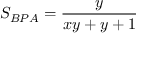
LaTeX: S _ { B P A } = { \frac { y } { x y + y + 1 } }